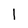
Character: l